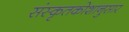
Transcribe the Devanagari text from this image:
संस्कृतकोशानुसार